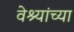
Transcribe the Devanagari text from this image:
वेश्यांच्या